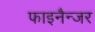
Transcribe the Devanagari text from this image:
फाइनैन्जर